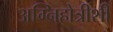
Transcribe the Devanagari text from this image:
अग्निहोत्रीशी